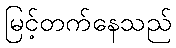
မြင့်တက်နေသည်